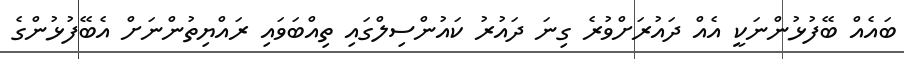
ބައެއް ބޭފުޅުންނަކީ އެއް ދައުރަށްވުރެ ގިނަ ދައުރު ކައުންސިލްގައި ތިއްބަވައި ރައްޔިތުންނަށް އެބޭފުޅުންގެ